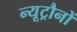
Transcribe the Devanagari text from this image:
न्यूट्रौनों